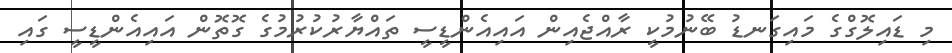
މި ޑައިލޮގްގެ މައިގަނޑު ބޭނުމުކީ ރާއްޖެއިން އައިއެންޑީސީ ތައްޔާރުކުރުމުގެ ގޮތޮން އައިއެންޑީސީ ގައި